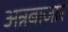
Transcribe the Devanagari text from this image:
अन्नबाजार